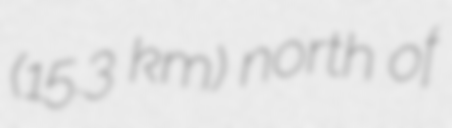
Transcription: (15.3 km) north of